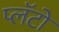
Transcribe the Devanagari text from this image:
प्लॅटो